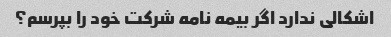
اشکالی ندارد اگر بیمه نامه شرکت خود را بپرسم؟